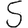
Digit: 5